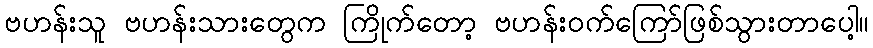
ဗဟန်းသူ ဗဟန်းသားတွေက ကြိုက်တော့ ဗဟန်းဝက်ကြော်ဖြစ်သွားတာပေါ့။